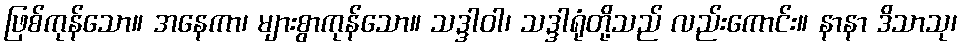
ဖြစ်ကုန်သော။ အနေကာ၊ များစွာကုန်သော။ သဒ္ဒါဝါ၊ သဒ္ဒါရုံတို့သည် လည်းကောင်း။ နာနာ ဒိသာသု၊